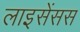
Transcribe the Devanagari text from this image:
लाइसेंसस